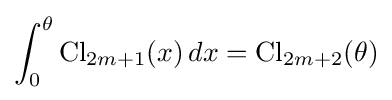
\int _{0}^{\theta }\operatorname {Cl} _{2m+1}(x)\,dx=\operatorname {Cl} _{2m+2}(\theta )